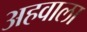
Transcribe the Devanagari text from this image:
अहवाला